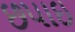
છપાઇ